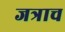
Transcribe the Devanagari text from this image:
जत्राच